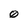
Character: 0